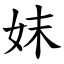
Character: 妺